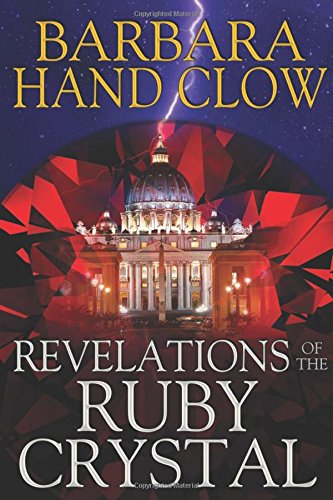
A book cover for Revelations of the Ruby Crystal; Barbara Hand Clow; Mystery, Thriller & Suspense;